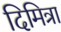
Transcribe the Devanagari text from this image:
दिमित्रा